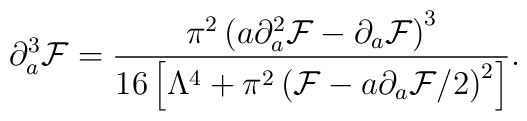
\partial_a^3 {\cal F}={\pi^2\left(a \partial_a^2{\cal F}-\partial_a{\cal F}\right)^3\over 16\left[{\Lambda^4}+\pi^2\left({\cal F}-{a}\partial_a{\cal F}/2\right)^2\right]}.